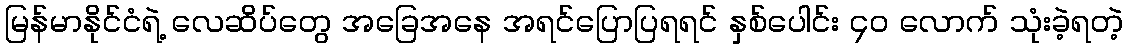
မြန်မာနိုင်ငံရဲ့ လေဆိပ်တွေ အခြေအနေ အရင်ပြောပြရရင် နှစ်ပေါင်း ၄၀ လောက် သုံးခဲ့ရတဲ့